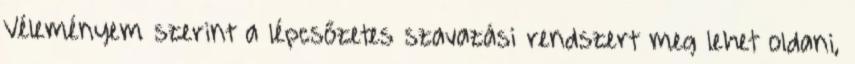
Véleményem szerint a lépcsőzetes szavazási rendszert meg lehet oldani,